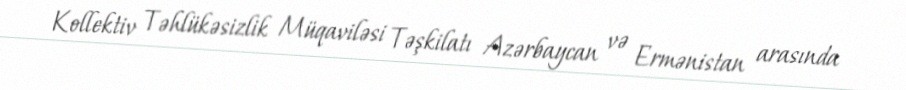
Kollektiv Təhlükəsizlik Müqaviləsi Təşkilatı Azərbaycan və Ermənistan arasında